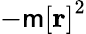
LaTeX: -\mathsf{m}\left[\mathbf{{r}}\right]^{2}